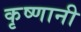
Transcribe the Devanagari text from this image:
कृष्णानी